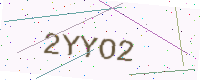
Text: 2YYO2